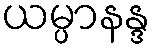
ယမ္ပာနန္ဒ